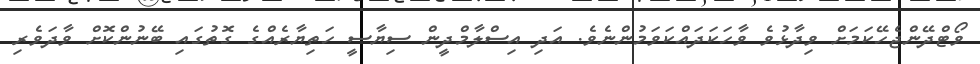
ވޯޓްދޭންޖެހޭކަމަށް ވިދާޅުވެ ވާހަކަދައްކަވަމުންނެވެ. އަދި އިސްލާމްދީން ސިޔާސީ ހަތިޔާރެއްގެ ގޮތުގައި ބޭނުންކޮށް ވާދަވެރި